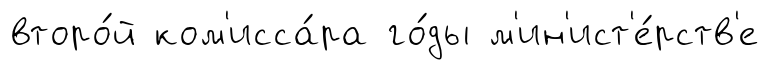
второ́й ком'исса́ра го́ды м'ин'ист'е́рств'е